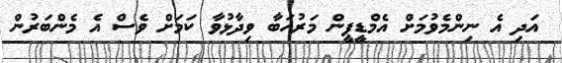
އަދި އެ ނިންމެވުމަށް އެމްޑީޕީން މަރުހަބާ ވިދާޅުވާ ކަމަށް ވެސް އެ މެންބަރުން